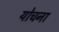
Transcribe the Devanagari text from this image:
योचना